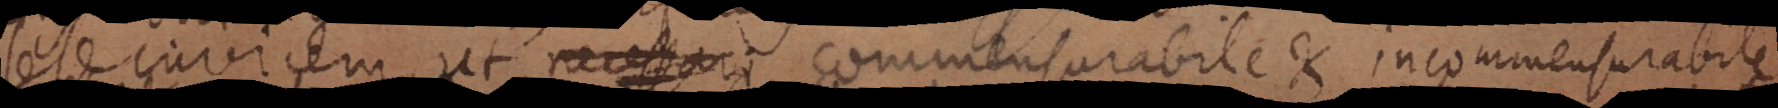
sese invicem, ut commensurabile et incommensurabile,